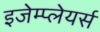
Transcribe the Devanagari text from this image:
इजेम्प्लेयर्स